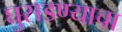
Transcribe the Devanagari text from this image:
घुसडण्याचा